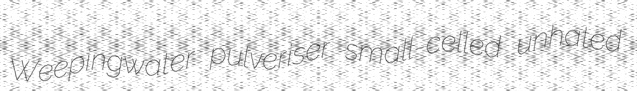
Weepingwater pulveriser small-celled unhated